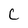
Character: C